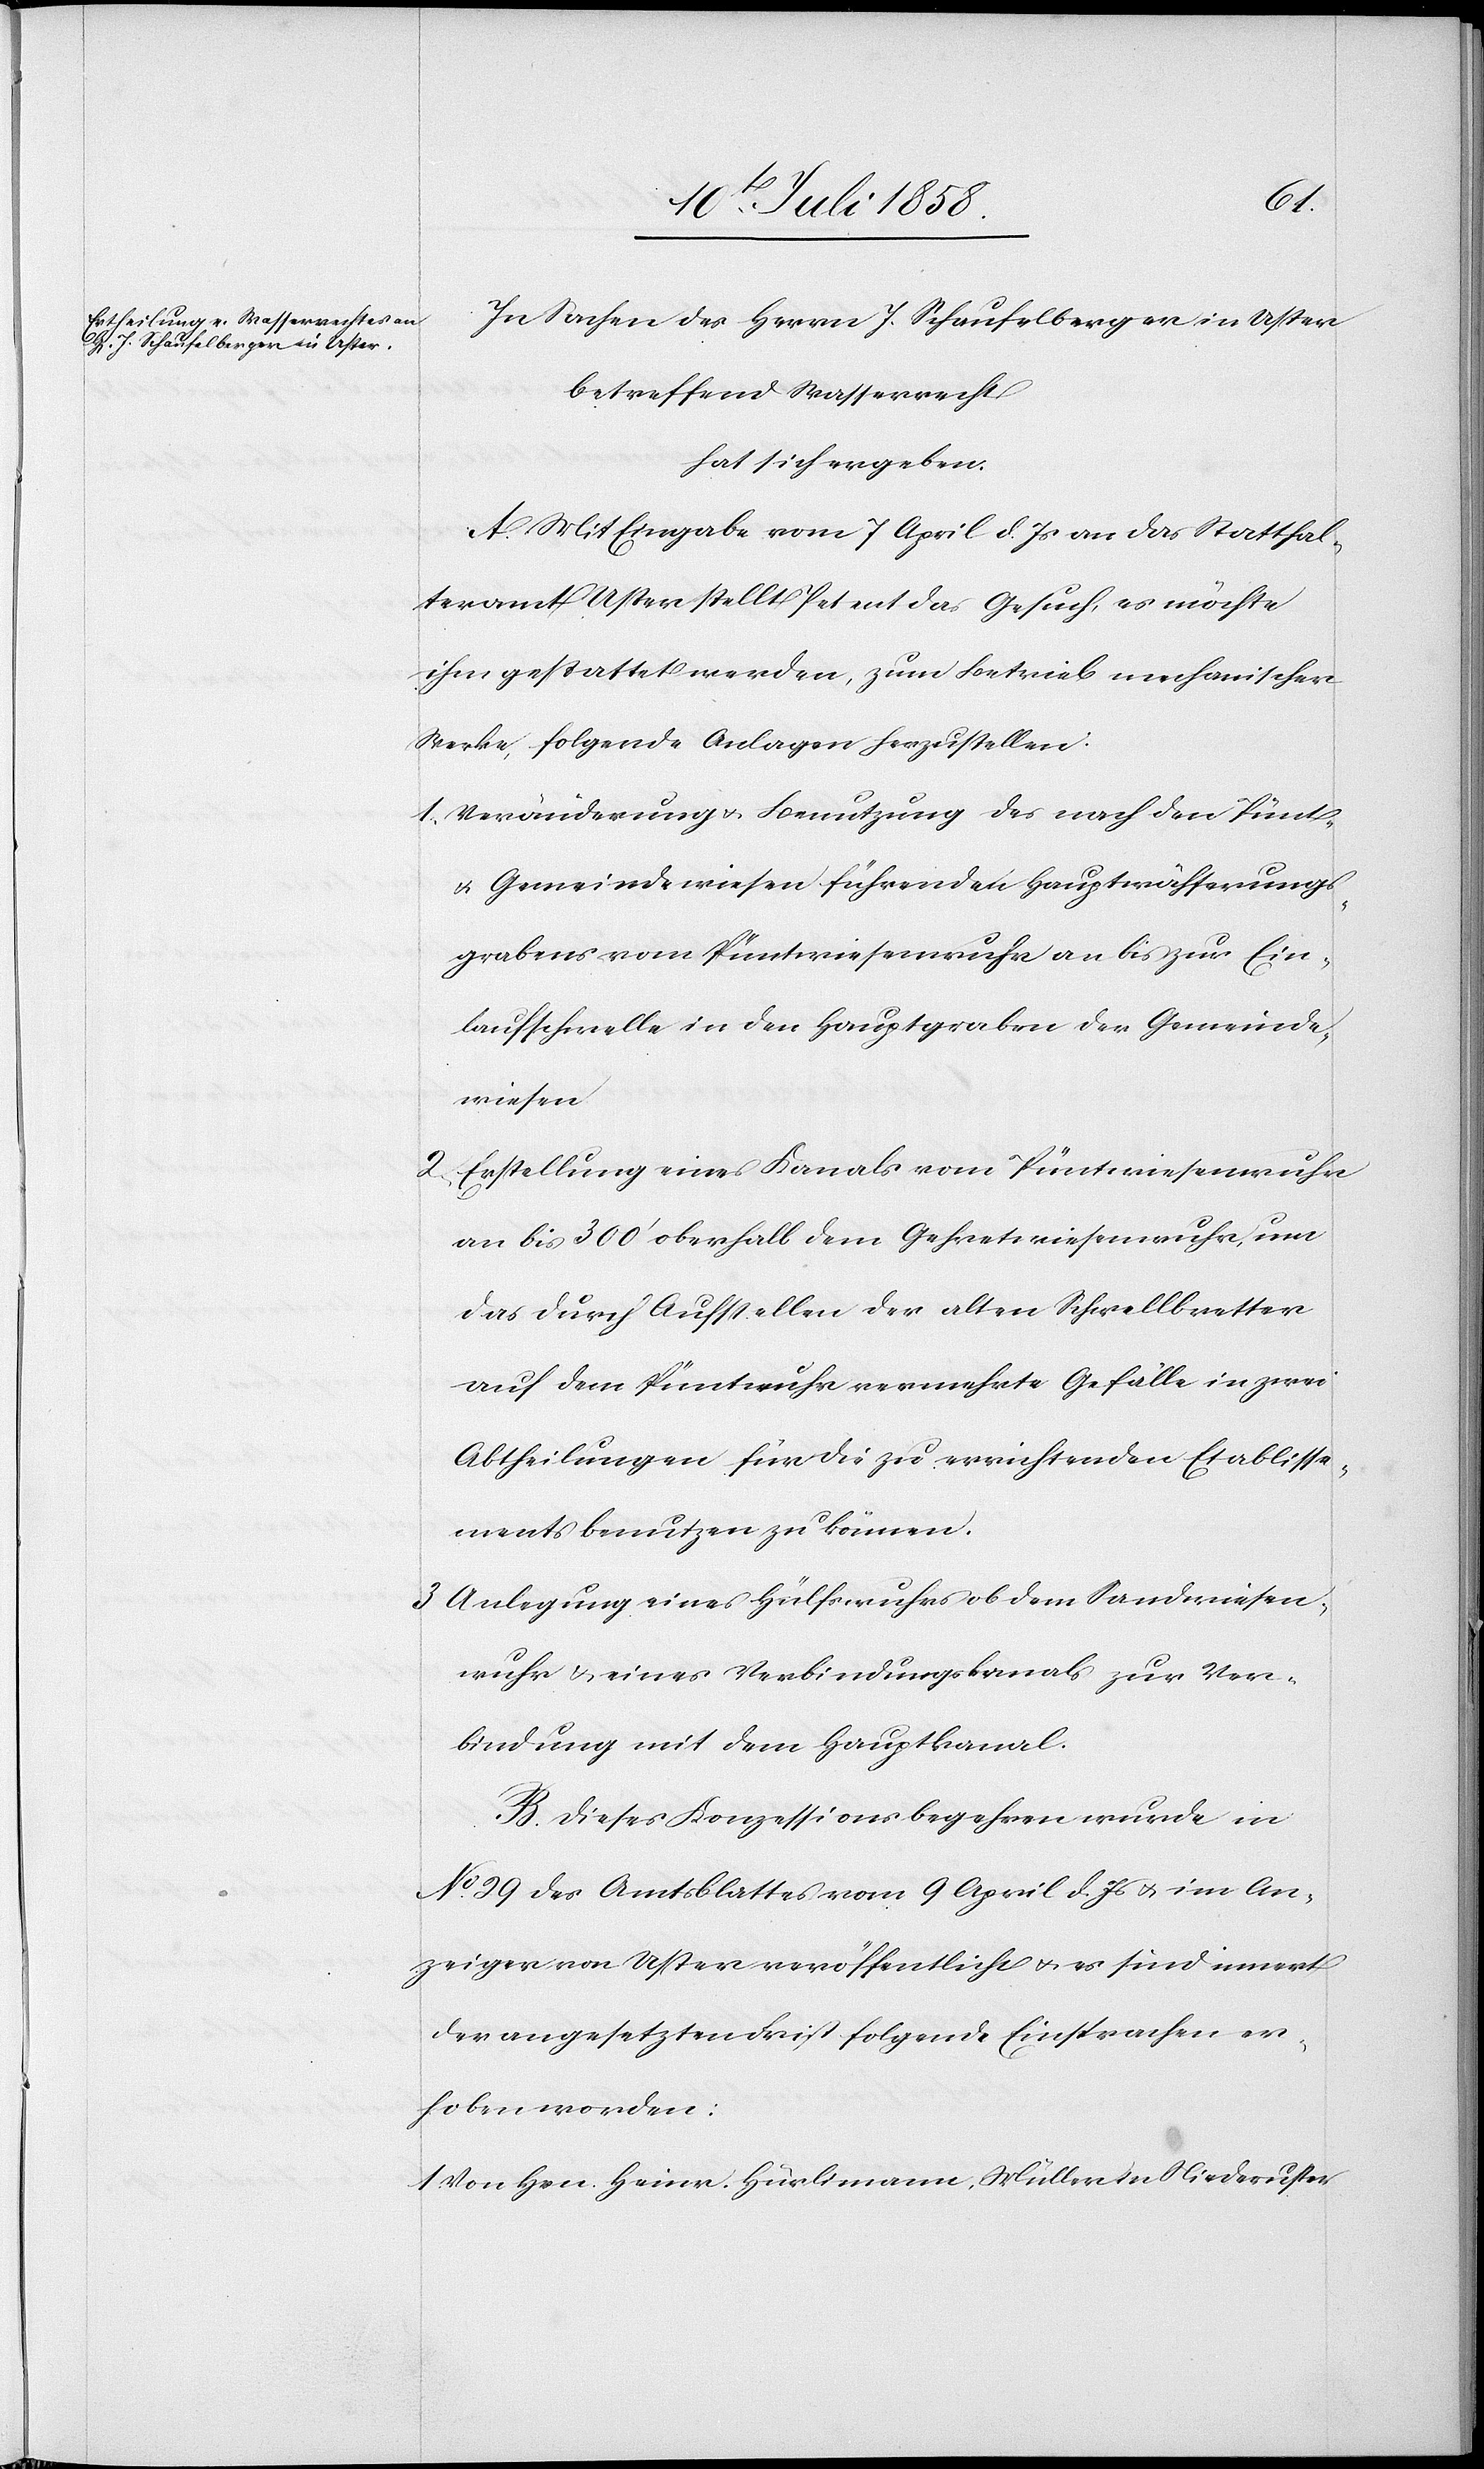
Heinr.
In Sachen des Herrn J. Schaufelberger in Uster
betreffend Wasserrecht
hat sich ergeben:
A. Mit Eingabe vom 7 April d. Js an das Statthal¬
teramt Uster stellt Petent das Gesuch, es möchte
ihm gestattet werden, zum Betrieb mechanischer
Werke, folgende Anlagen herzustellen:
Veränderung & Benutzung des nach den Pünt-
& Gemeindewiesen führenden Hauptwässerungs¬
grabens vom Püntwiesenwuhr an bis zur Ein¬
laufschwelle in den Hauptgraben der Gemeinde¬
wiesen
Erstellung eines Kanals vom Püntwiesenwuhr
an bis 300‘ oberhalb dem Gehretwiesenwuhr, um
das durch Aufstellen der alten Schwellbretter
auf dem Püntwuhr vermehrte Gefälle in zwei
Abtheilungen für die zu errichtenden Etablisse¬
ments benutzen zu können.
Anlegung eines Hülfswuhrs ob dem Sandwiesen¬
wuhr & eines Verbindungskanals zur Ver¬
bindung mit dem Hauptkanal.
B. Dieses Konzessionsbegehren wurde in
No. 29 des Amtsblattes vom 9 April d. Js & im An¬
zeiger von Uster veröffentlicht & es sind innert
der angesetzten Frist folgende Einsprachen er¬
hoben worden: